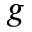
g